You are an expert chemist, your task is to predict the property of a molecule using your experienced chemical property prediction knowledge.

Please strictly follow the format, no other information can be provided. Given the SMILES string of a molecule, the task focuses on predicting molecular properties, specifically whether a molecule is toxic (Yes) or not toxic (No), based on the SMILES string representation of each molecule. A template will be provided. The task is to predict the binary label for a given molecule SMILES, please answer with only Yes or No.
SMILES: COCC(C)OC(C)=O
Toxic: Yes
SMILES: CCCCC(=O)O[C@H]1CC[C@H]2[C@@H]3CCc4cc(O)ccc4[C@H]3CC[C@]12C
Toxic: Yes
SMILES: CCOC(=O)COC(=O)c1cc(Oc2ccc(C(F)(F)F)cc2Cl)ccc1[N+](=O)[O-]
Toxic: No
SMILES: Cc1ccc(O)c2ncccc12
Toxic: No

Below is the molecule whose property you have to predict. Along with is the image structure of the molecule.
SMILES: COCCOC(=O)C1=C(C)NC(C)=C(C(=O)OC/C=C/c2ccccc2)C1c1cccc([N+](=O)[O-])c1
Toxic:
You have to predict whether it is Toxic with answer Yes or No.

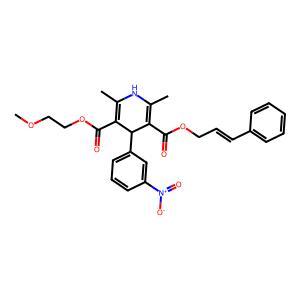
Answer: No